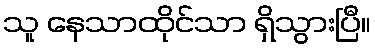
သူ နေသာထိုင်သာ ရှိသွားပြီ။